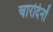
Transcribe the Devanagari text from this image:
चारदिनों